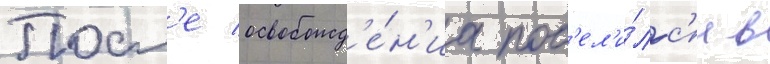
Посл'е освобожд'е́н'иа пос'ел'и́лс'я в